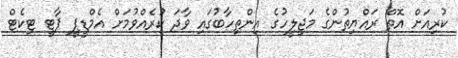
ކުރިއަށް އޮތް ރައްޔިތުންގެ މަޖިލީހުގެ އިންތިހާބުގައި ވާދަ ކުރެއްވުމަށް އެމްޑީޕީ ޕާޓީ ޓިކެޓް